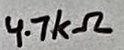
Text: 4.7kΩ